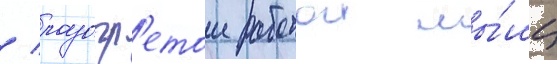
/ разогр'етои работои мы́шц